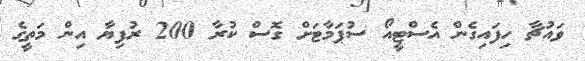
ވައުޗާ ހިފައިގެން އެސްޓީއޯ ސުޕަމާޓަށް ގޮސް ކުރާ 200 ރުފިޔާ އިން މަތީގެ